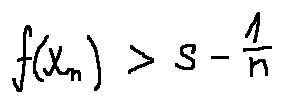
f ( x _ { n } ) > s - \frac { 1 } { n }